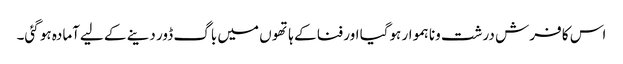
اس کا فرش درشت ونا ہموار ہوگیا اور فنا کے ہاتھو ں میں باگ ڈور دینے کے لیےآمادہ ہو گئی۔